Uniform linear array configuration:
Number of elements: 4
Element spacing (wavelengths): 0.5
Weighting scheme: kaiser
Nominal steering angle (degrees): -45
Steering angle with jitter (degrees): -45.33
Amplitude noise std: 0.05
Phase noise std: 0.05

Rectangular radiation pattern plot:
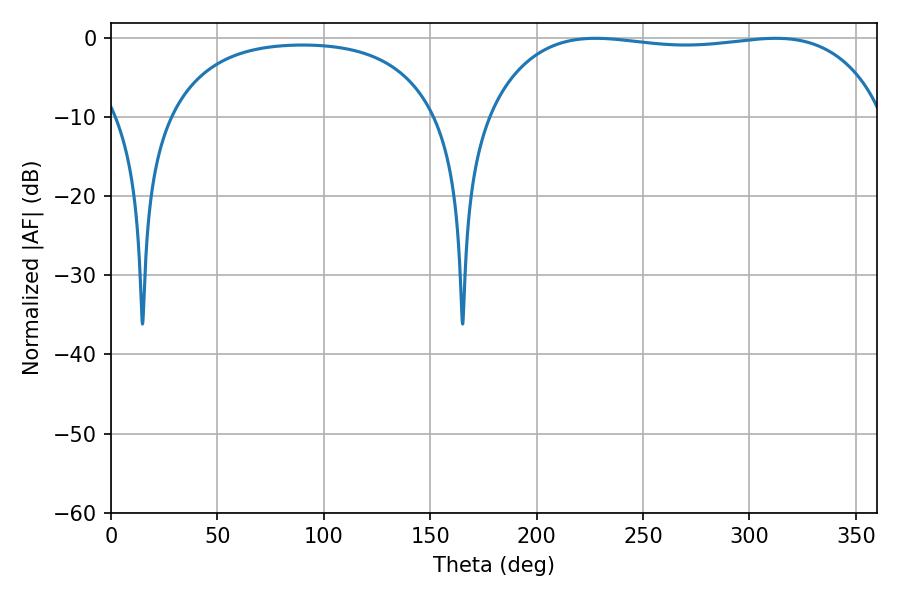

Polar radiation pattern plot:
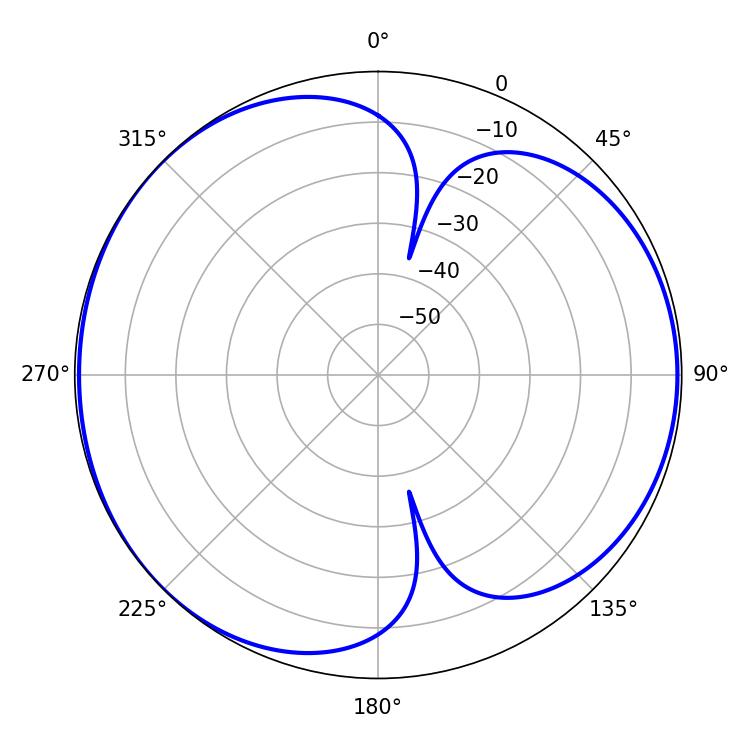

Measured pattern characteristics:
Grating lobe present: FALSE
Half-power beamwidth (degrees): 149.04
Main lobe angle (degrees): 227.7